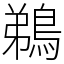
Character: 鵜